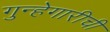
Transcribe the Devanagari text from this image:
गुन्हेगारीची